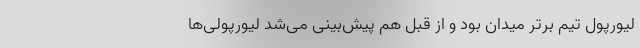
لیورپول تیم برتر میدان بود و از قبل هم پیش‌بینی می‌شد لیورپولی‌ها